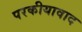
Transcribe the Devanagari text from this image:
परकीयावाद